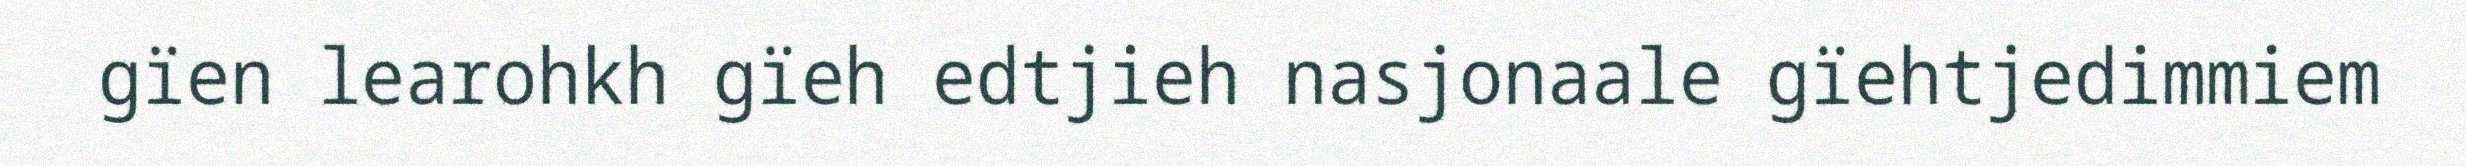
gïen learohkh gïeh edtjieh nasjonaale gïehtjedimmiem